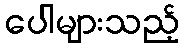
ပေါများသည့်